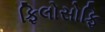
ફિલોસોફિ